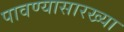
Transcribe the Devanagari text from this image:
पावण्यासारख्या